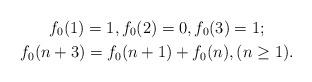
LaTeX: \begin{gather*}f_0(1)=1,f_0(2)=0,f_0(3)=1;\\ f_0(n+3)=f_0(n+1)+f_0(n),(n\geq 1).\end{gather*}